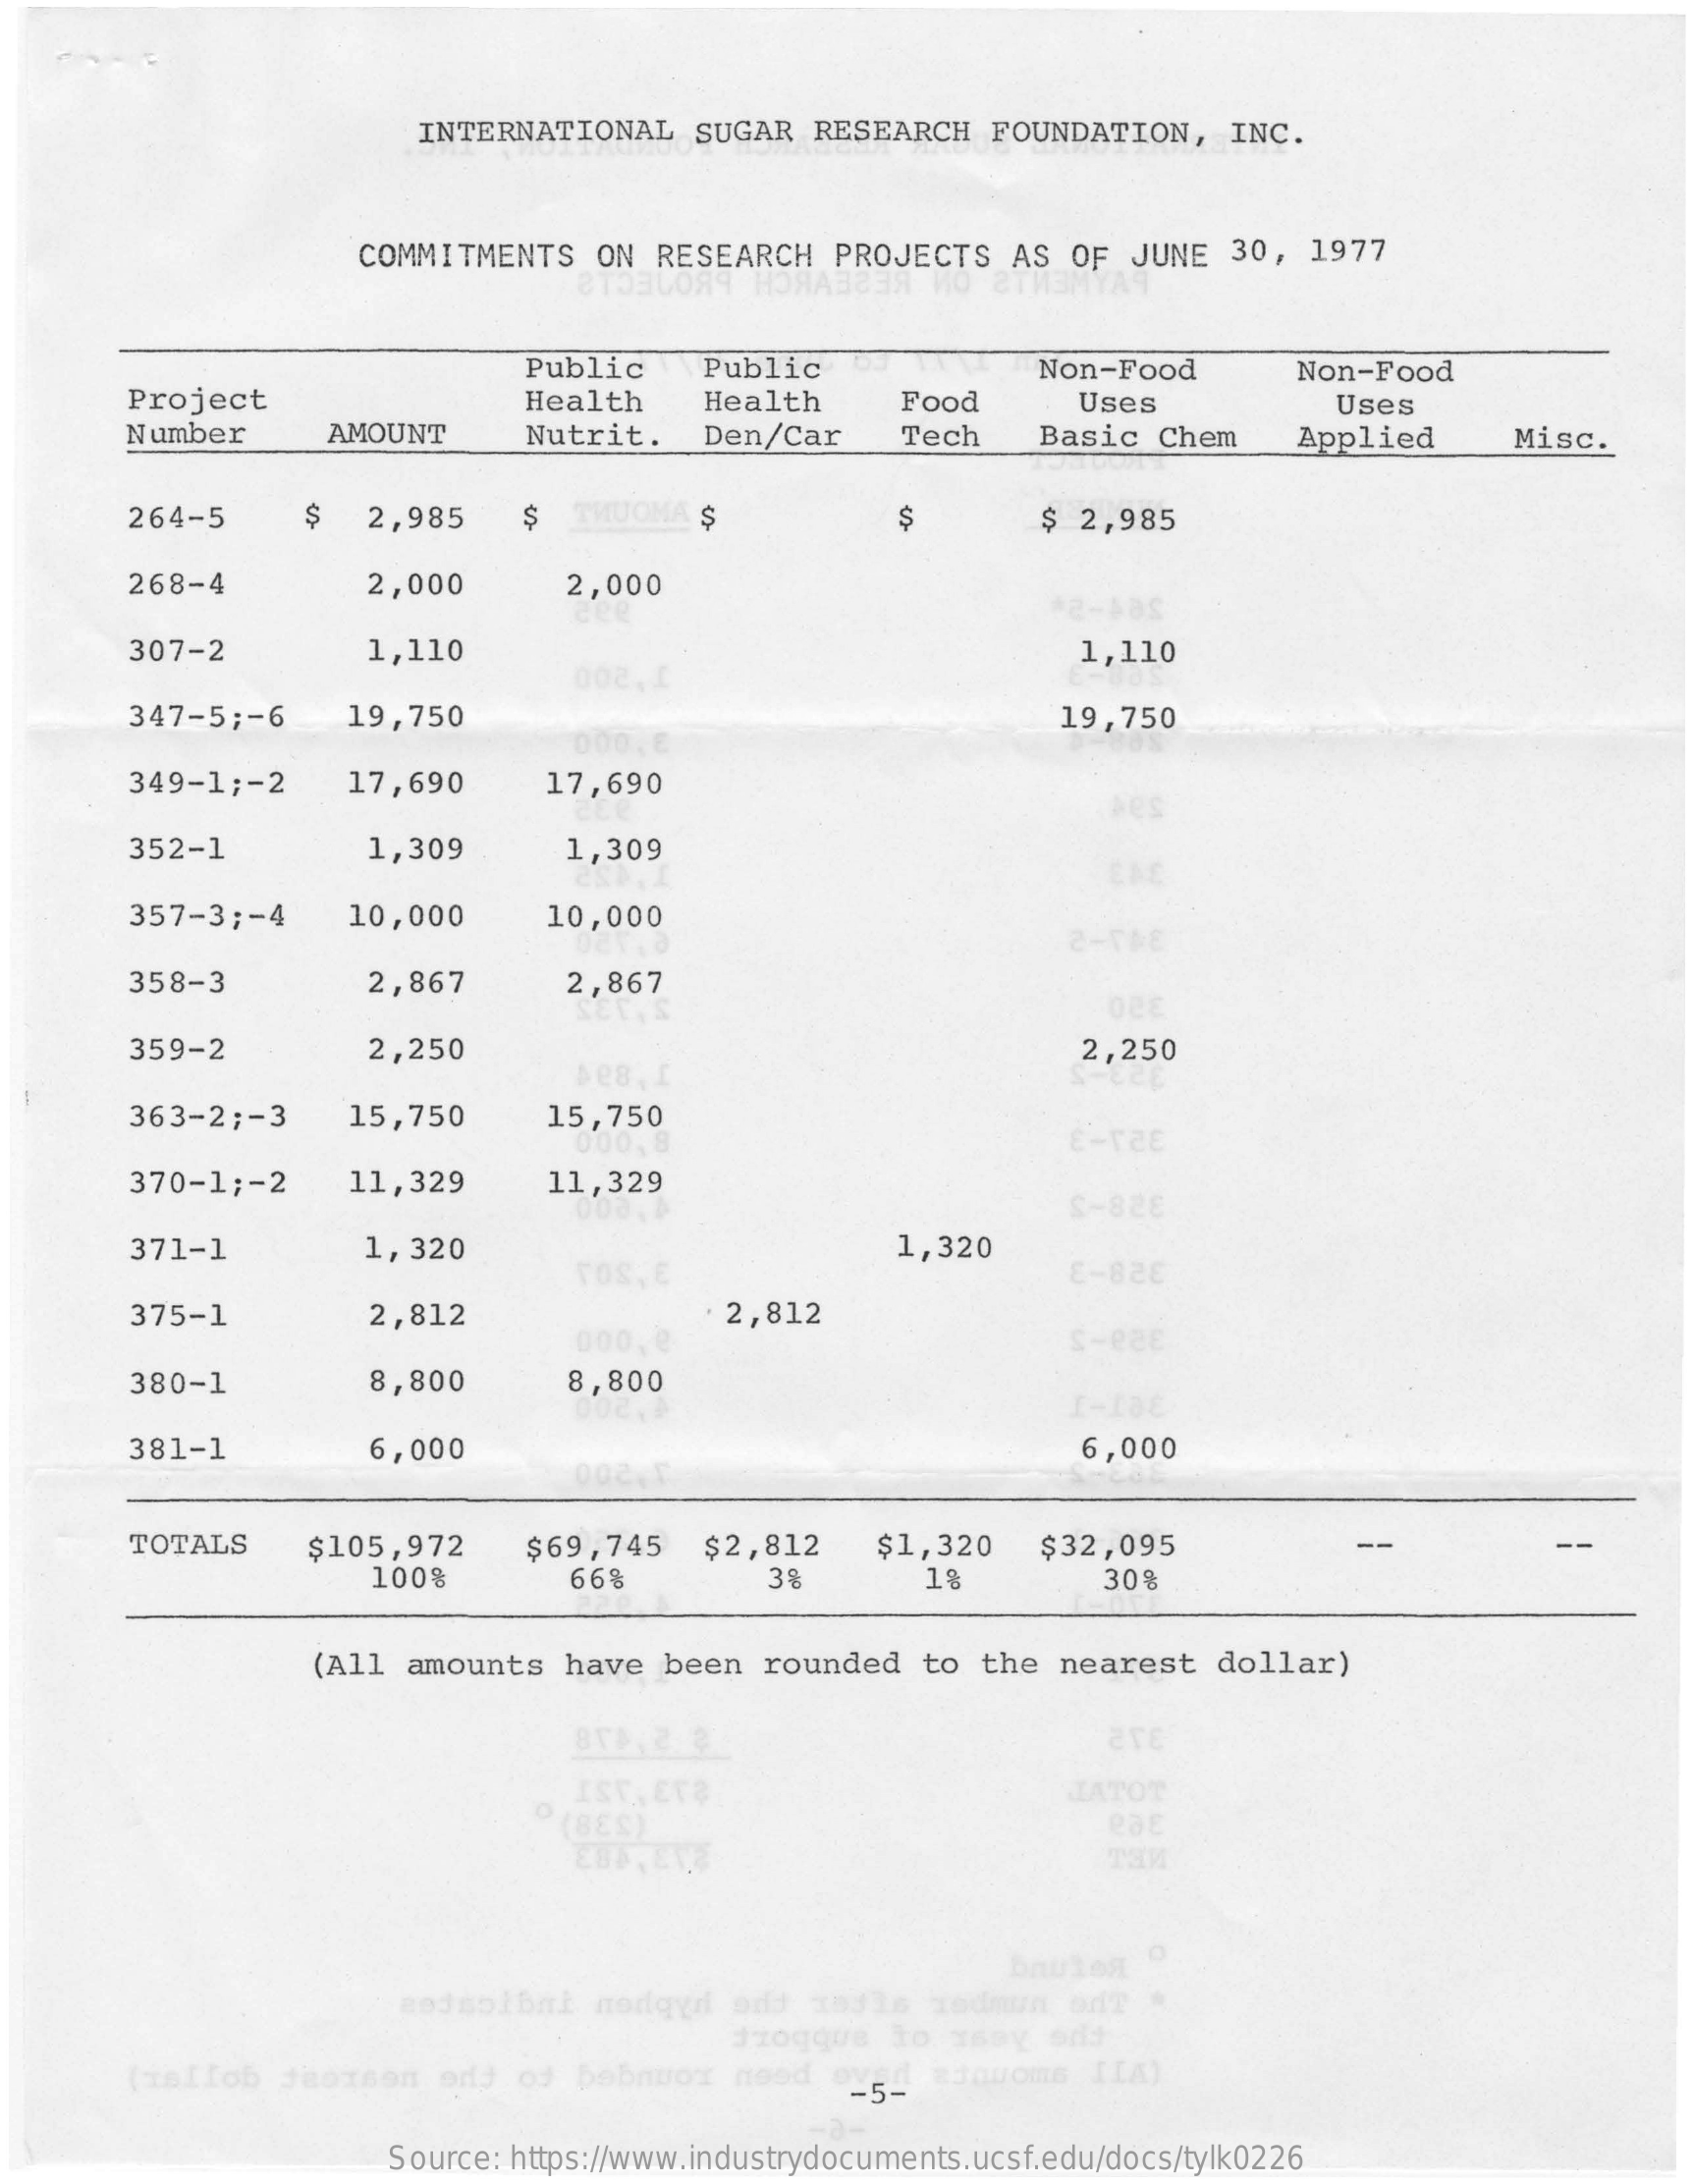
INTERNATIONAL    SUGAR   RESEARCH   FOUNDATION,    INC.
     COMMITMENTS    ON  RESEARCH    PROJECTS   AS  OF  JUNE   30,  1977
     Public    Public    Non-Food    Non-Food
     Project    Health    Health    Food    Uses
     Number    AMOUNT
     Uses
     Nutrit.    Den/Car    Tech    Basic   Chem    Applied    Misc.
     264-5    2,985    $  THUOMA  $    $    $  2,985
     268-4    2,000    2,000
     307-2    1,110
     002,1
     1,110
     347-5 ;- 6    19,750    19,750
     349-1 ;- 2    17,690    17,690
     352-1    1,309    1,309
     357-3 ;- 4    10,000    10,000
     358-3    2,867    2,867
     359-2    2,250    2,250
     363-2 ;- 3    15,750    15,750
     E-TZE
     370-1 ;- 2    11,329    11,329
     S-828
     371-1    1,320
     TOS, E
     1,320
     E-826
     375-1    2,812    2,812
     00
     380-1    8,800    8,800
     381-1    6,000
     002,1
     6,000
     TOTALS    $105,972    $69,745    $2,812    $1,320    $32,095
     100%    66%    39    1%    30%
     (All  amounts   have   been  rounded    to the  nearest   dollar)
     are
     (BES)
     JATOT
     eat
     onulos
     a03 solbat  nodgyil  add   xals   Todmun   on?
     dzogque    to ssey   ort
     (isIlob   Jaoxson    ory od  bobnuo    need    -5-  ajouoms    IIA)
     Source: https://www.industrydocuments.ucsf.edu/docs/tylk0226